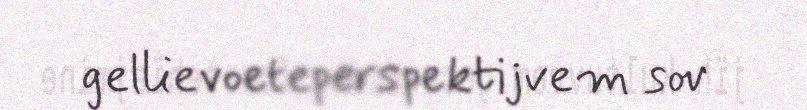
gellievoeteperspektijvem sov